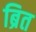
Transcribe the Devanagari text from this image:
ब्रित